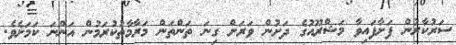
ސަރުކާރުން ފަށާފައިވާ މަޝްރޫއުގެ ދަށުން ވަރަށް ގިނަ ތަންތަން މަރާމާތުކުރަމުން އަންނަ ކަމަށެވެ.